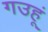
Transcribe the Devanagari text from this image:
गउहूं